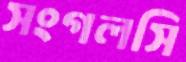
সংগলসি